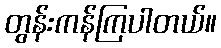
တွန်းကန်ကြပါတယ်။